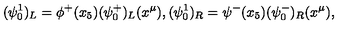
( \psi _ { 0 } ^ { 1 } ) _ { L } = \phi ^ { + } ( x _ { 5 } ) ( \psi _ { 0 } ^ { + } ) _ { L } ( x ^ { \mu } ) , ( \psi _ { 0 } ^ { 1 } ) _ { R } = \psi ^ { - } ( x _ { 5 } ) ( \psi _ { 0 } ^ { - } ) _ { R } ( x ^ { \mu } ) ,